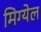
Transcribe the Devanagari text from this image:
मिग्येल